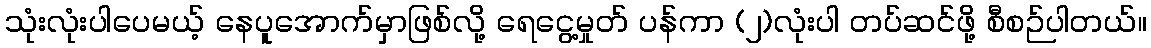
သုံးလုံးပါပေမယ့် နေပူအောက်မှာဖြစ်လို့ ရေငွေ့မှုတ် ပန်ကာ (၂)လုံးပါ တပ်ဆင်ဖို့ စီစဉ်ပါတယ်။